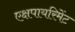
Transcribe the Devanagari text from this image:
एक्षपायरिमेंट